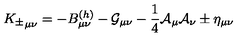
{ K _ { \pm } } _ { \mu \nu } = - B _ { \mu \nu } ^ { ( h ) } - { \cal G } _ { \mu \nu } - { \frac { 1 } { 4 } } { \cal A } _ { \mu } { \cal A } _ { \nu } \pm \eta _ { \mu \nu }